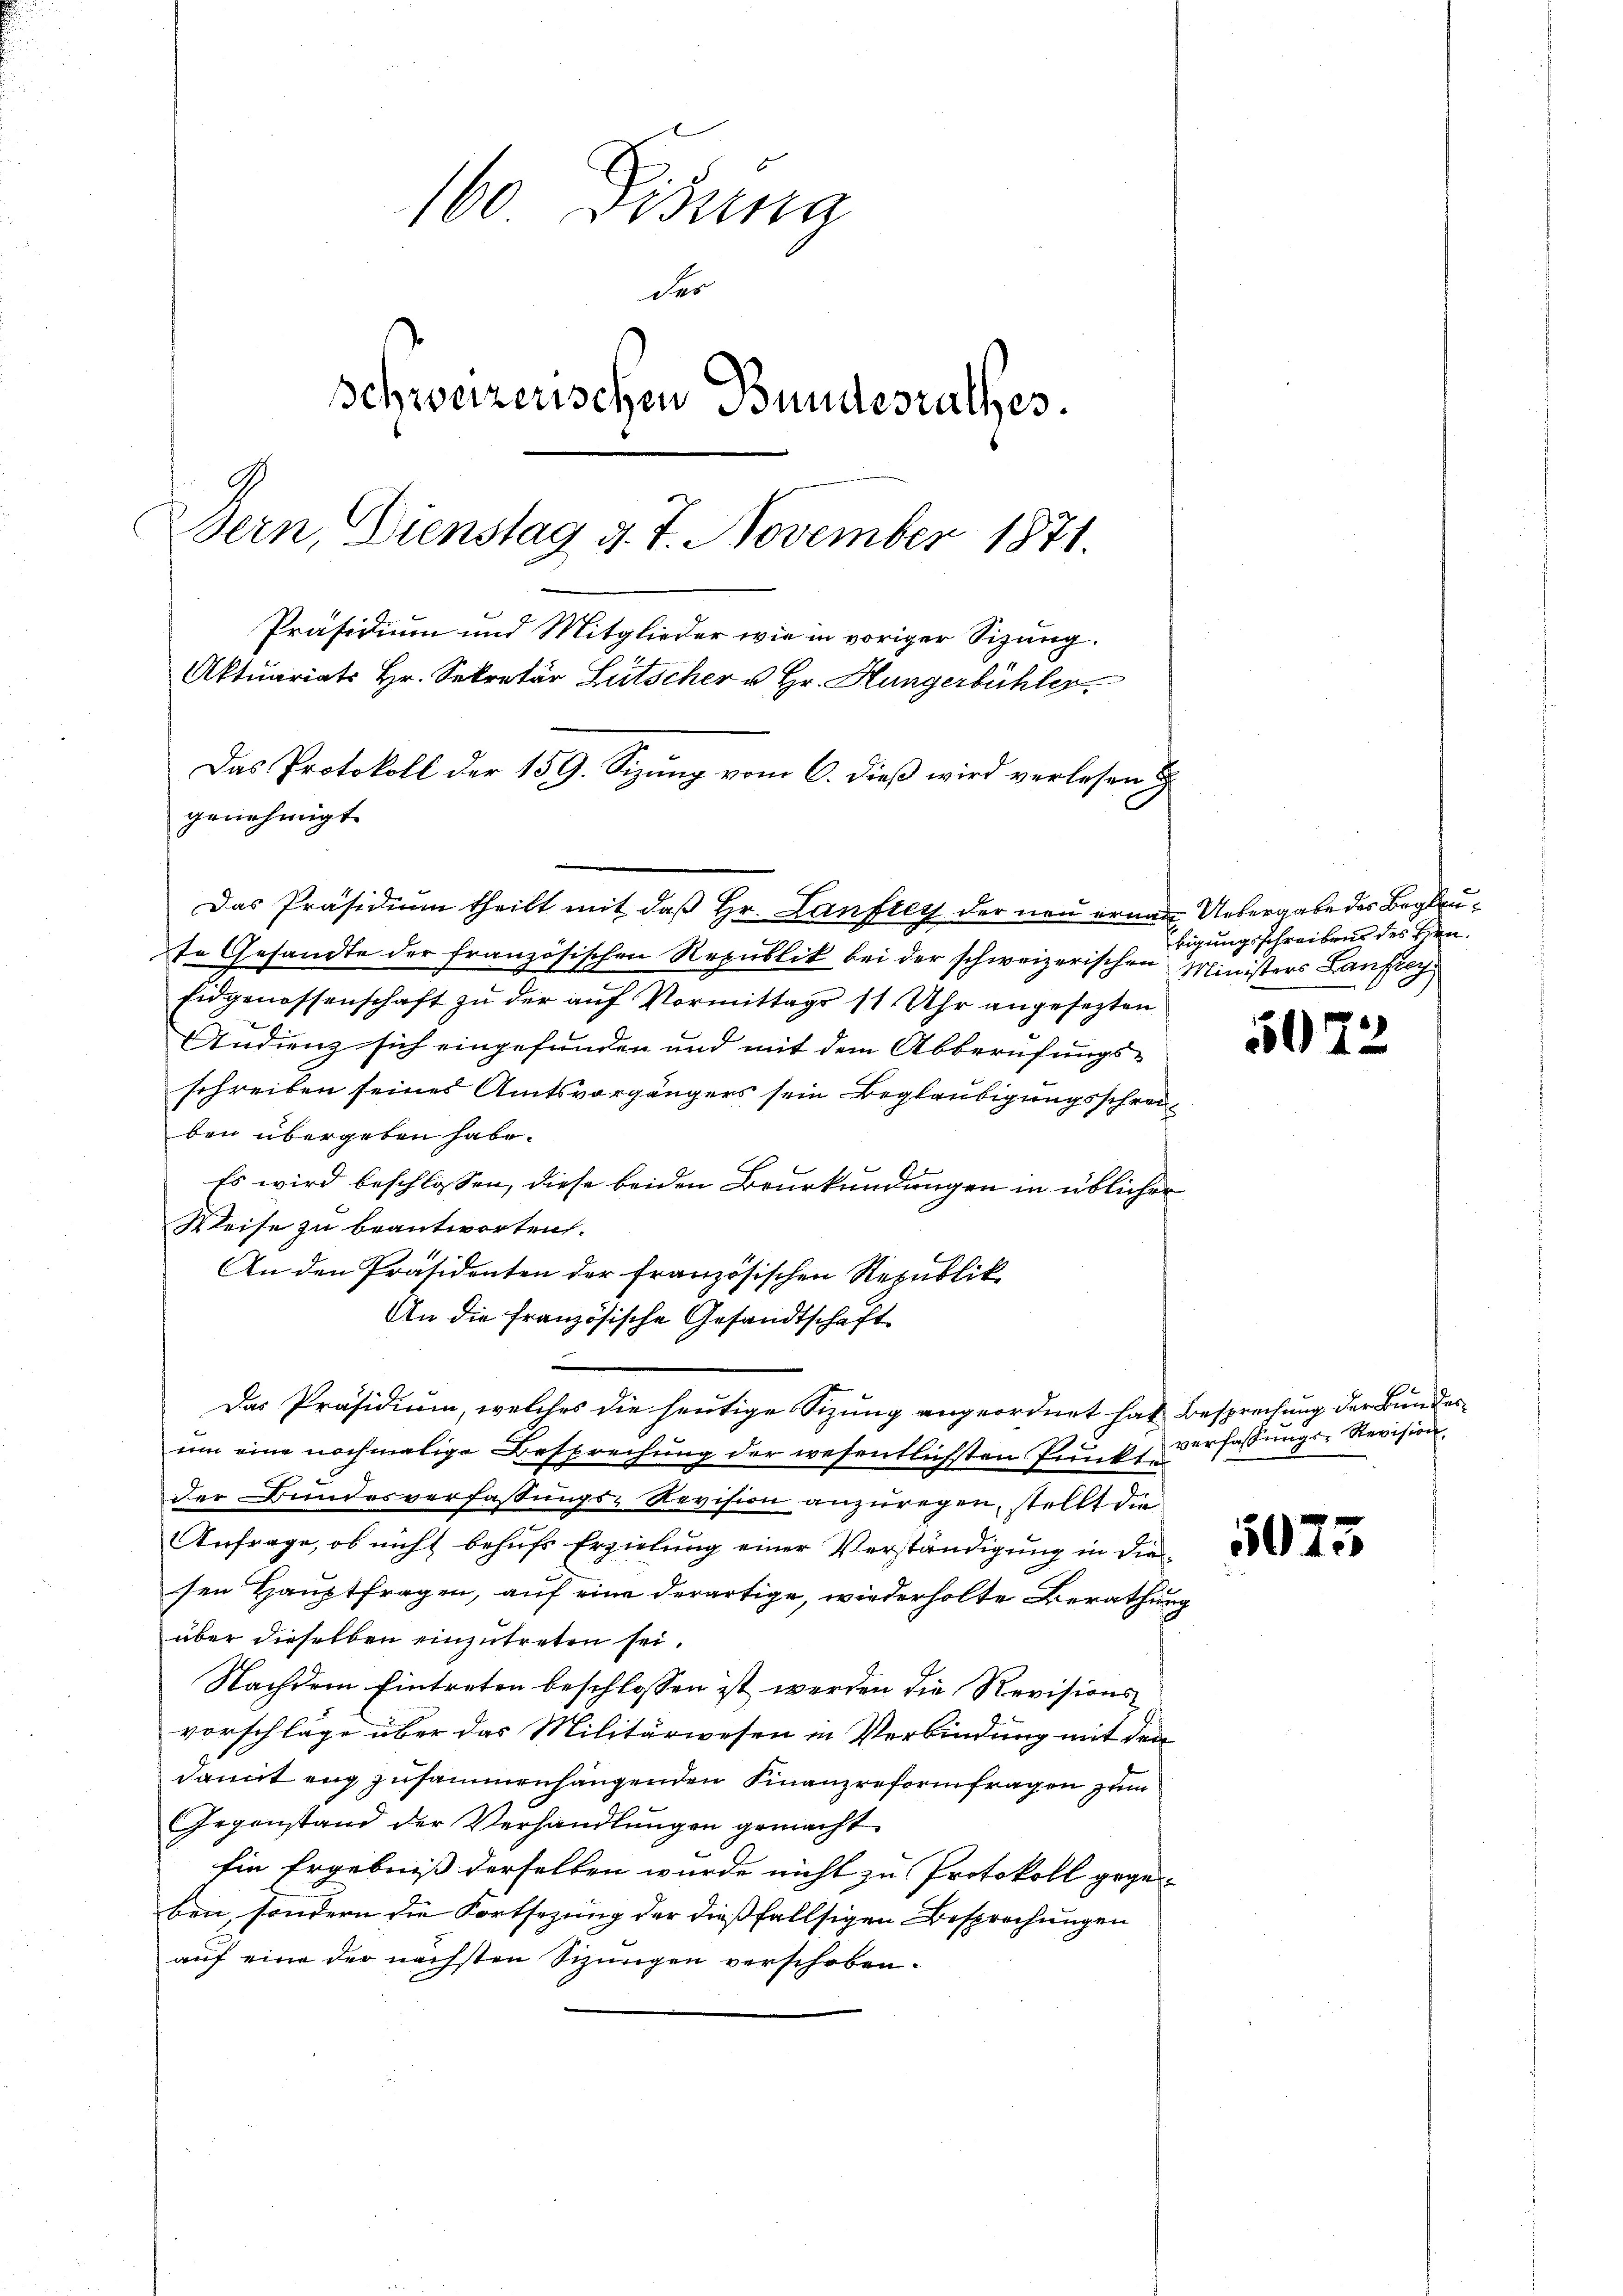
160 Disung
der
schweizerischen Bundesrathes.
h
Sein, Dienstag d. 7. November 1871.
Präsidium und Mitglieder wie in voriger Sizung.
Aktuariats Hr. Sekretär Lütscher u. Hr. Hungerbühler.
Das Protokoll der 159. Sizung vom 6. dieß wird verlesen u
genehmigt.

Das Präsidium theilt mit daß Hr. Lanfrey der neu ernau Uebergabe des Beglaute Gesandte der französischen Republik bei der schweizerischen Ministers Laufreg
Eidgenossenschaft zu der auf Vormittags 11 Uhr angesezten
Audienz sich eingefunden und mit dem Abberufungs-
schreiben seines Amtsvorgängers sein Beglaubigungsschränben übergeben habe.
Es wird beschlossen, diese beiden Beurkundungen in üblicher
Weise zu beantworten.
An den Präsidenten der französischen Republik
An die Französische Gesandtschaft
Das Präsidium, welches die heutige Sizung angeordnet hat Besprechung der Bundesum eine nochmalige Besprechung der wesentlichsten Punkte
der Bundesverfassungs-Revision anzuregen, stellt die
Anfrage, ob nicht behufs Erzielung einer Verständigung in diesen Hauptfragen, auf eine derartige, wiederholte Berathung
über dieselben einzutreten sei.
Nachdem Eintreten beschlossen ist werden die Revisionsvorschläge über das Militärwesen in Verbindung mit den
damit eng zusammenhangenden Finanzreformfragen zum
Gegenstand der Verhandlŭngen gemacht.
Ein Ergebniß derselben wurde nicht zu Protokoll gege-
ben, sondern die Fortsezung der dießfallsigen Besprechungen
auf eine der nächsten Sizungen verschoben.

e

bigungsschreibens des Hrn.

5072

verfassungs-Revision,

5075